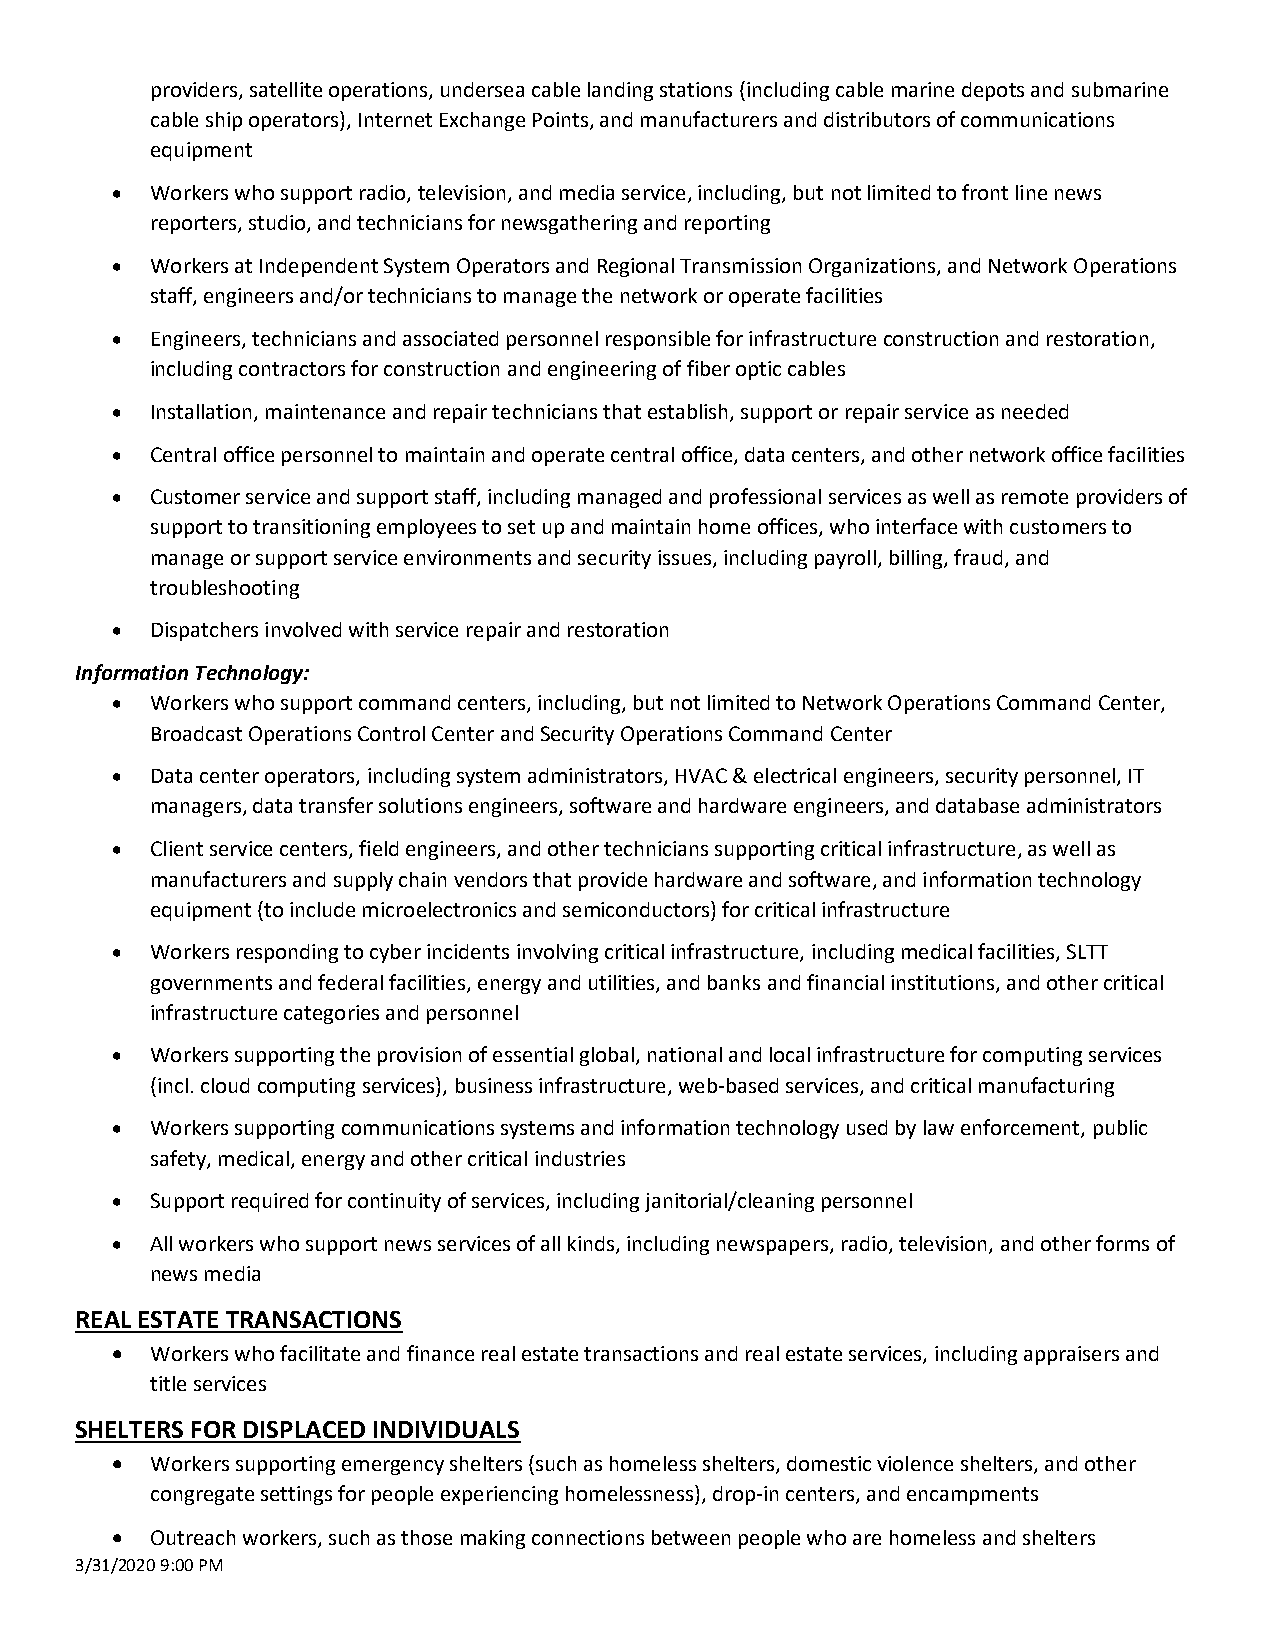
providers, satellite operations, undersea cable landing stations (including cable marine depots and submarine
 cable ship operators), Internet Exchange Points, and manufacturers and distributors of communications
 equipment
 •  Workers who support radio, television, and media service, including, but not limited to front line news
 reporters, studio, and technicians for newsgathering and reporting
 •  Workers at Independent System Operators and Regional Transmission Organizations, and Network Operations
 staff, engineers and/or technicians to manage the network or operate facilities
 •  Engineers, technicians and associated personnel responsible for infrastructure construction and restoration,
 including contractors for construction and engineering of fiber optic cables
 •  Installation, maintenance and repair technicians that establish, support or repair service as needed
 •  Central office personnel to maintain and operate central office, data centers, and other network office facilities
 •  Customer service and support staff, including managed and professional services as well as remote providers of
 support to transitioning employees to set up and maintain home offices, who interface with customers to
 manage or support service environments and security issues, including payroll, billing, fraud, and
 troubleshooting
 •  Dispatchers involved with service repair and restoration
 Information Technology:
 •  Workers who support command centers, including, but not limited to Network Operations Command Center,
 Broadcast Operations Control Center and Security Operations Command Center
 •  Data center operators, including system administrators, HVAC & electrical engineers, security personnel, IT
 managers, data transfer solutions engineers, software and hardware engineers, and database administrators
 •  Client service centers, field engineers, and other technicians supporting critical infrastructure, as well as
 manufacturers and supply chain vendors that provide hardware and software, and information technology
 equipment (to include microelectronics and semiconductors) for critical infrastructure
 •  Workers responding to cyber incidents involving critical infrastructure, including medical facilities, SLTT
 governments and federal facilities, energy and utilities, and banks and financial institutions, and other critical
 infrastructure categories and personnel
 •  Workers supporting the provision of essential global, national and local infrastructure for computing services
 (incl. cloud computing services), business infrastructure, web-based services, and critical manufacturing
 •  Workers supporting communications systems and information technology used by law enforcement, public
 safety, medical, energy and other critical industries
 •  Support required for continuity of services, including janitorial/cleaning personnel
 •  All workers who support news services of all kinds, including newspapers, radio, television, and other forms of
 news media
 REAL ESTATE TRANSACTIONS
 •  Workers who facilitate and finance real estate transactions and real estate services, including appraisers and
 title services
 SHELTERS FOR DISPLACED INDIVIDUALS
 •  Workers supporting emergency shelters (such as homeless shelters, domestic violence shelters, and other
 congregate settings for people experiencing homelessness), drop-in centers, and encampments
 •  Outreach workers, such as those making connections between people who are homeless and shelters
 3/31/2020 9:00 PM